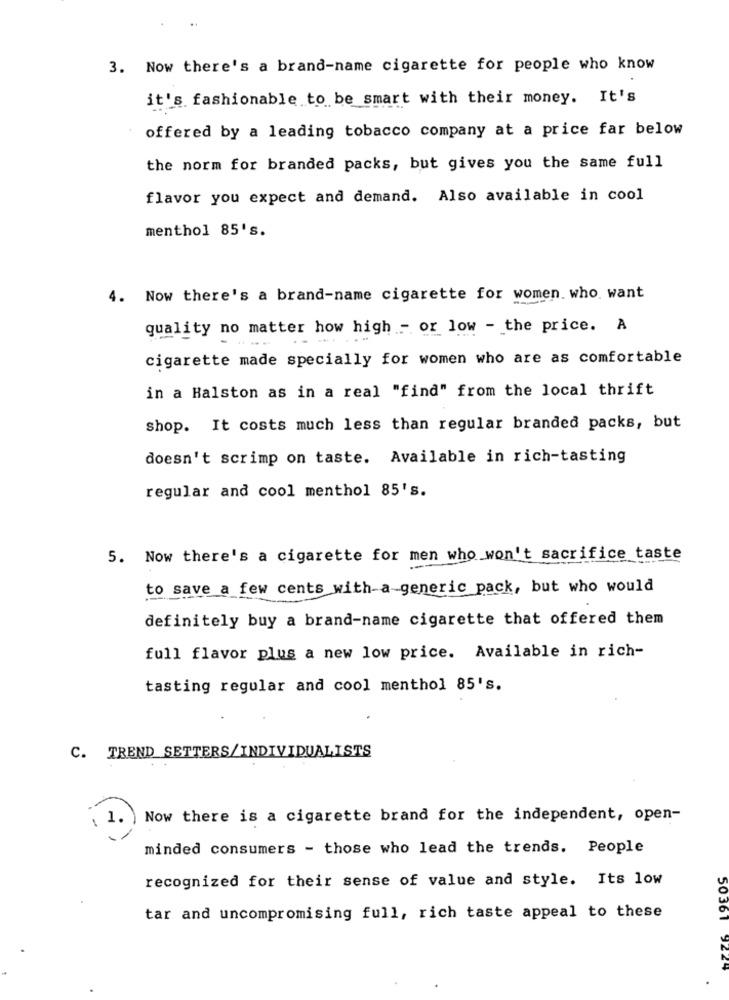
3. Now there's a brand-name cigarette for people who know
it's fashionable to be smart with their money. It's
offered by a leading tobacco company at a price far below
the norm for branded packs, but gives you the same full
flavor you expect and demand. Also available in cool
menthol 85's.
4. Now there's a brand-name cigarette for women. who want
quality no matter how high - or low - the price. A
--
cigarette made specially for women who are as comfortable
in a Halston as in a real "find" from the local thrift
shop. It costs much less than regular branded packs, but
doesn't scrimp on taste. Available in rich-tasting
regular and cool menthol 85's.
5. Now there's a cigarette for men who won't sacrifice taste
to save a few cents with-a-generic pack, but who would
definitely buy a brand-name cigarette that offered them
full flavor plus a new low price. Available in rich-
tasting regular and cool menthol 85's.
C. TREND SETTERS/INDIVIDUALISTS
1 1.
Now there is a cigarette brand for the independent, open-
minded consumers - those who lead the trends. People
recognized for their sense of value and style. Its low
tar and uncompromising full, rich taste appeal to these
50361